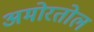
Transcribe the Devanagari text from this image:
अमोरतोल